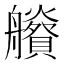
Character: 𦫂